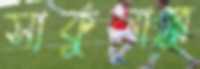
সার্কুলার